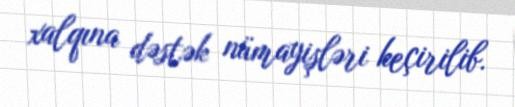
xalqına dəstək nümayişləri keçirilib.